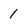
Character: 1